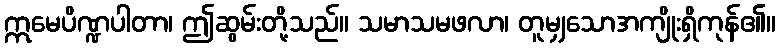
ဣမေပိဏ္ဍပါတာ၊ ဤဆွမ်းတို့သည်။ သမာသမဖလာ၊ တူမျှသောအကျိုးရှိကုန်၏။